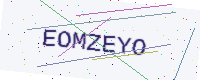
Text: EOMZEYO